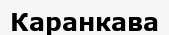
Каранкава